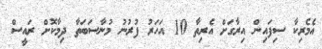
އެމެރިކާ ސިފައިން އިރާގަށް އެރިތާ 10 އަހަރު ފުރުނު މުނާސަބަތާ ދިމާކޮށް ރައީސް